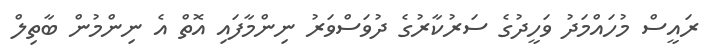
ރައީސް މުހައްމަދު ވަހީދުގެ ސަރުކާރުގެ ދުވަސްވަރު ނިންމާފައި އޮތް އެ ނިންމުން ބާތިލް